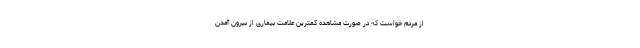
از مردم خواست که در صورت مشاهده کمترین علامت بیماری از بیرون آمدن